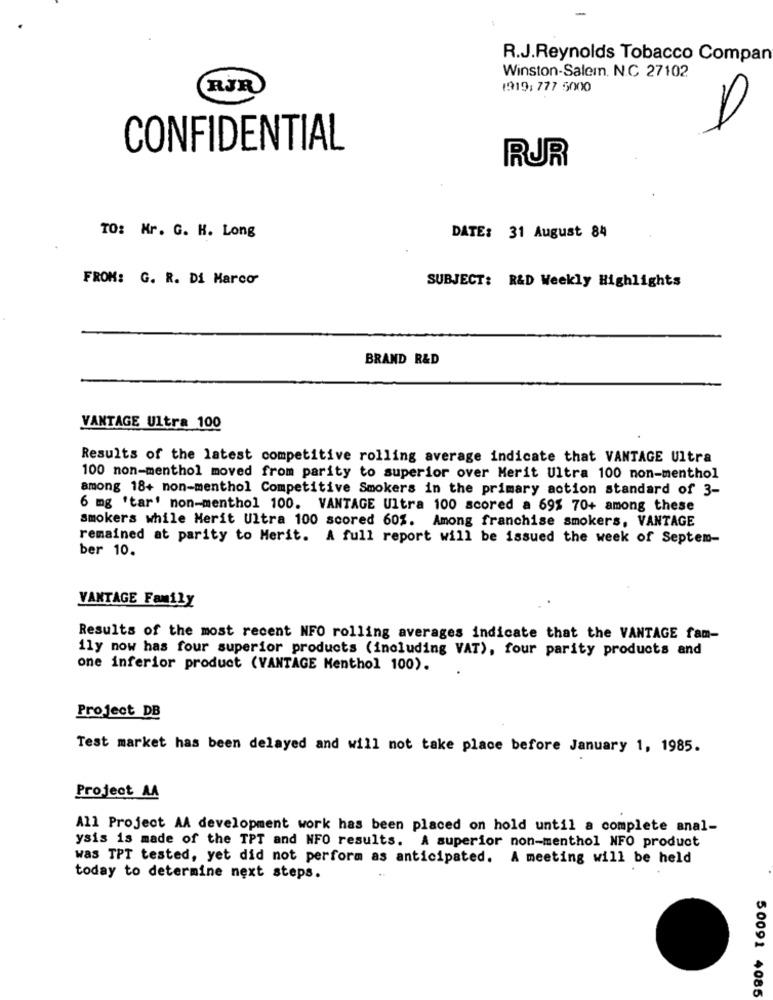
R.J.Reynolds Tobacco Compan
Winston-Salem. N.C 27102
RJR
1919: 777 5000
CONFIDENTIAL
RUR
TO: Mr. G. H. Long
DATE: 31 August 84
FROM: G. R. Di Marco
SUBJECT: R&D Weekly Highlights
BRAND R&D
VANTAGE Ultra 100
Results of the latest competitive rolling average indicate that VANTAGE Ultra
100 non-menthol moved from parity to superior over Merit Ultra 100 non-menthol
among 18+ non-menthol Competitive Smokers in the primary action standard of 3-
6 mg 'tar' non-menthol 100. VANTAGE Ultra 100 scored a 69% 70+ among these
smokers while Merit Ultra 100 scored 60%. Among franchise smokers, VANTAGE
remained at parity to Merit. A full report will be issued the week of Septem-
ber 10.
VANTAGE Family
Results of the most recent NFO rolling averages indicate that the VANTAGE fam-
ily now has four superior products (including VAT), four parity products and
one inferior product (VANTAGE Menthol 100).
Project DB
Test market has been delayed and will not take place before January 1, 1985.
Project AA
All Project AA development work has been placed on hold until a complete anal-
ysis is made of the TPT and NFO results. A superior non-menthol NFO product
was TPT tested, yet did not perform as anticipated. A meeting will be held
today to determine next steps.
50091 4085